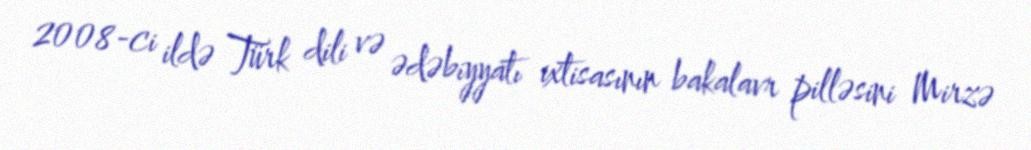
2008-ci ildə Türk dili və ədəbiyyatı ixtisasının bakalavr pilləsini Mirzə